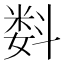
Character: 𬖠